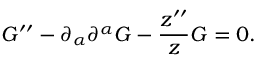
{ \cal G } ^ { \prime \prime } - \partial _ { \alpha } \partial ^ { \alpha } { \cal G } - \frac { z ^ { \prime \prime } } { z } { \cal G } = 0 .